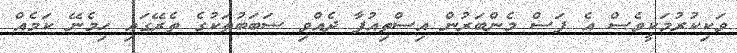
ވަކިކުރުމަކީވެސް އެ ފަސް މެންބަރުން އިސްތިއުފާ ދެއްވި ސަބަބުތަކުގެ ތެރޭގައި ހިމެނޭ ކަމެއް